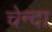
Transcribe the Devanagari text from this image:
चेन्दा